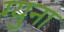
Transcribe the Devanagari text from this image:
ग्युना